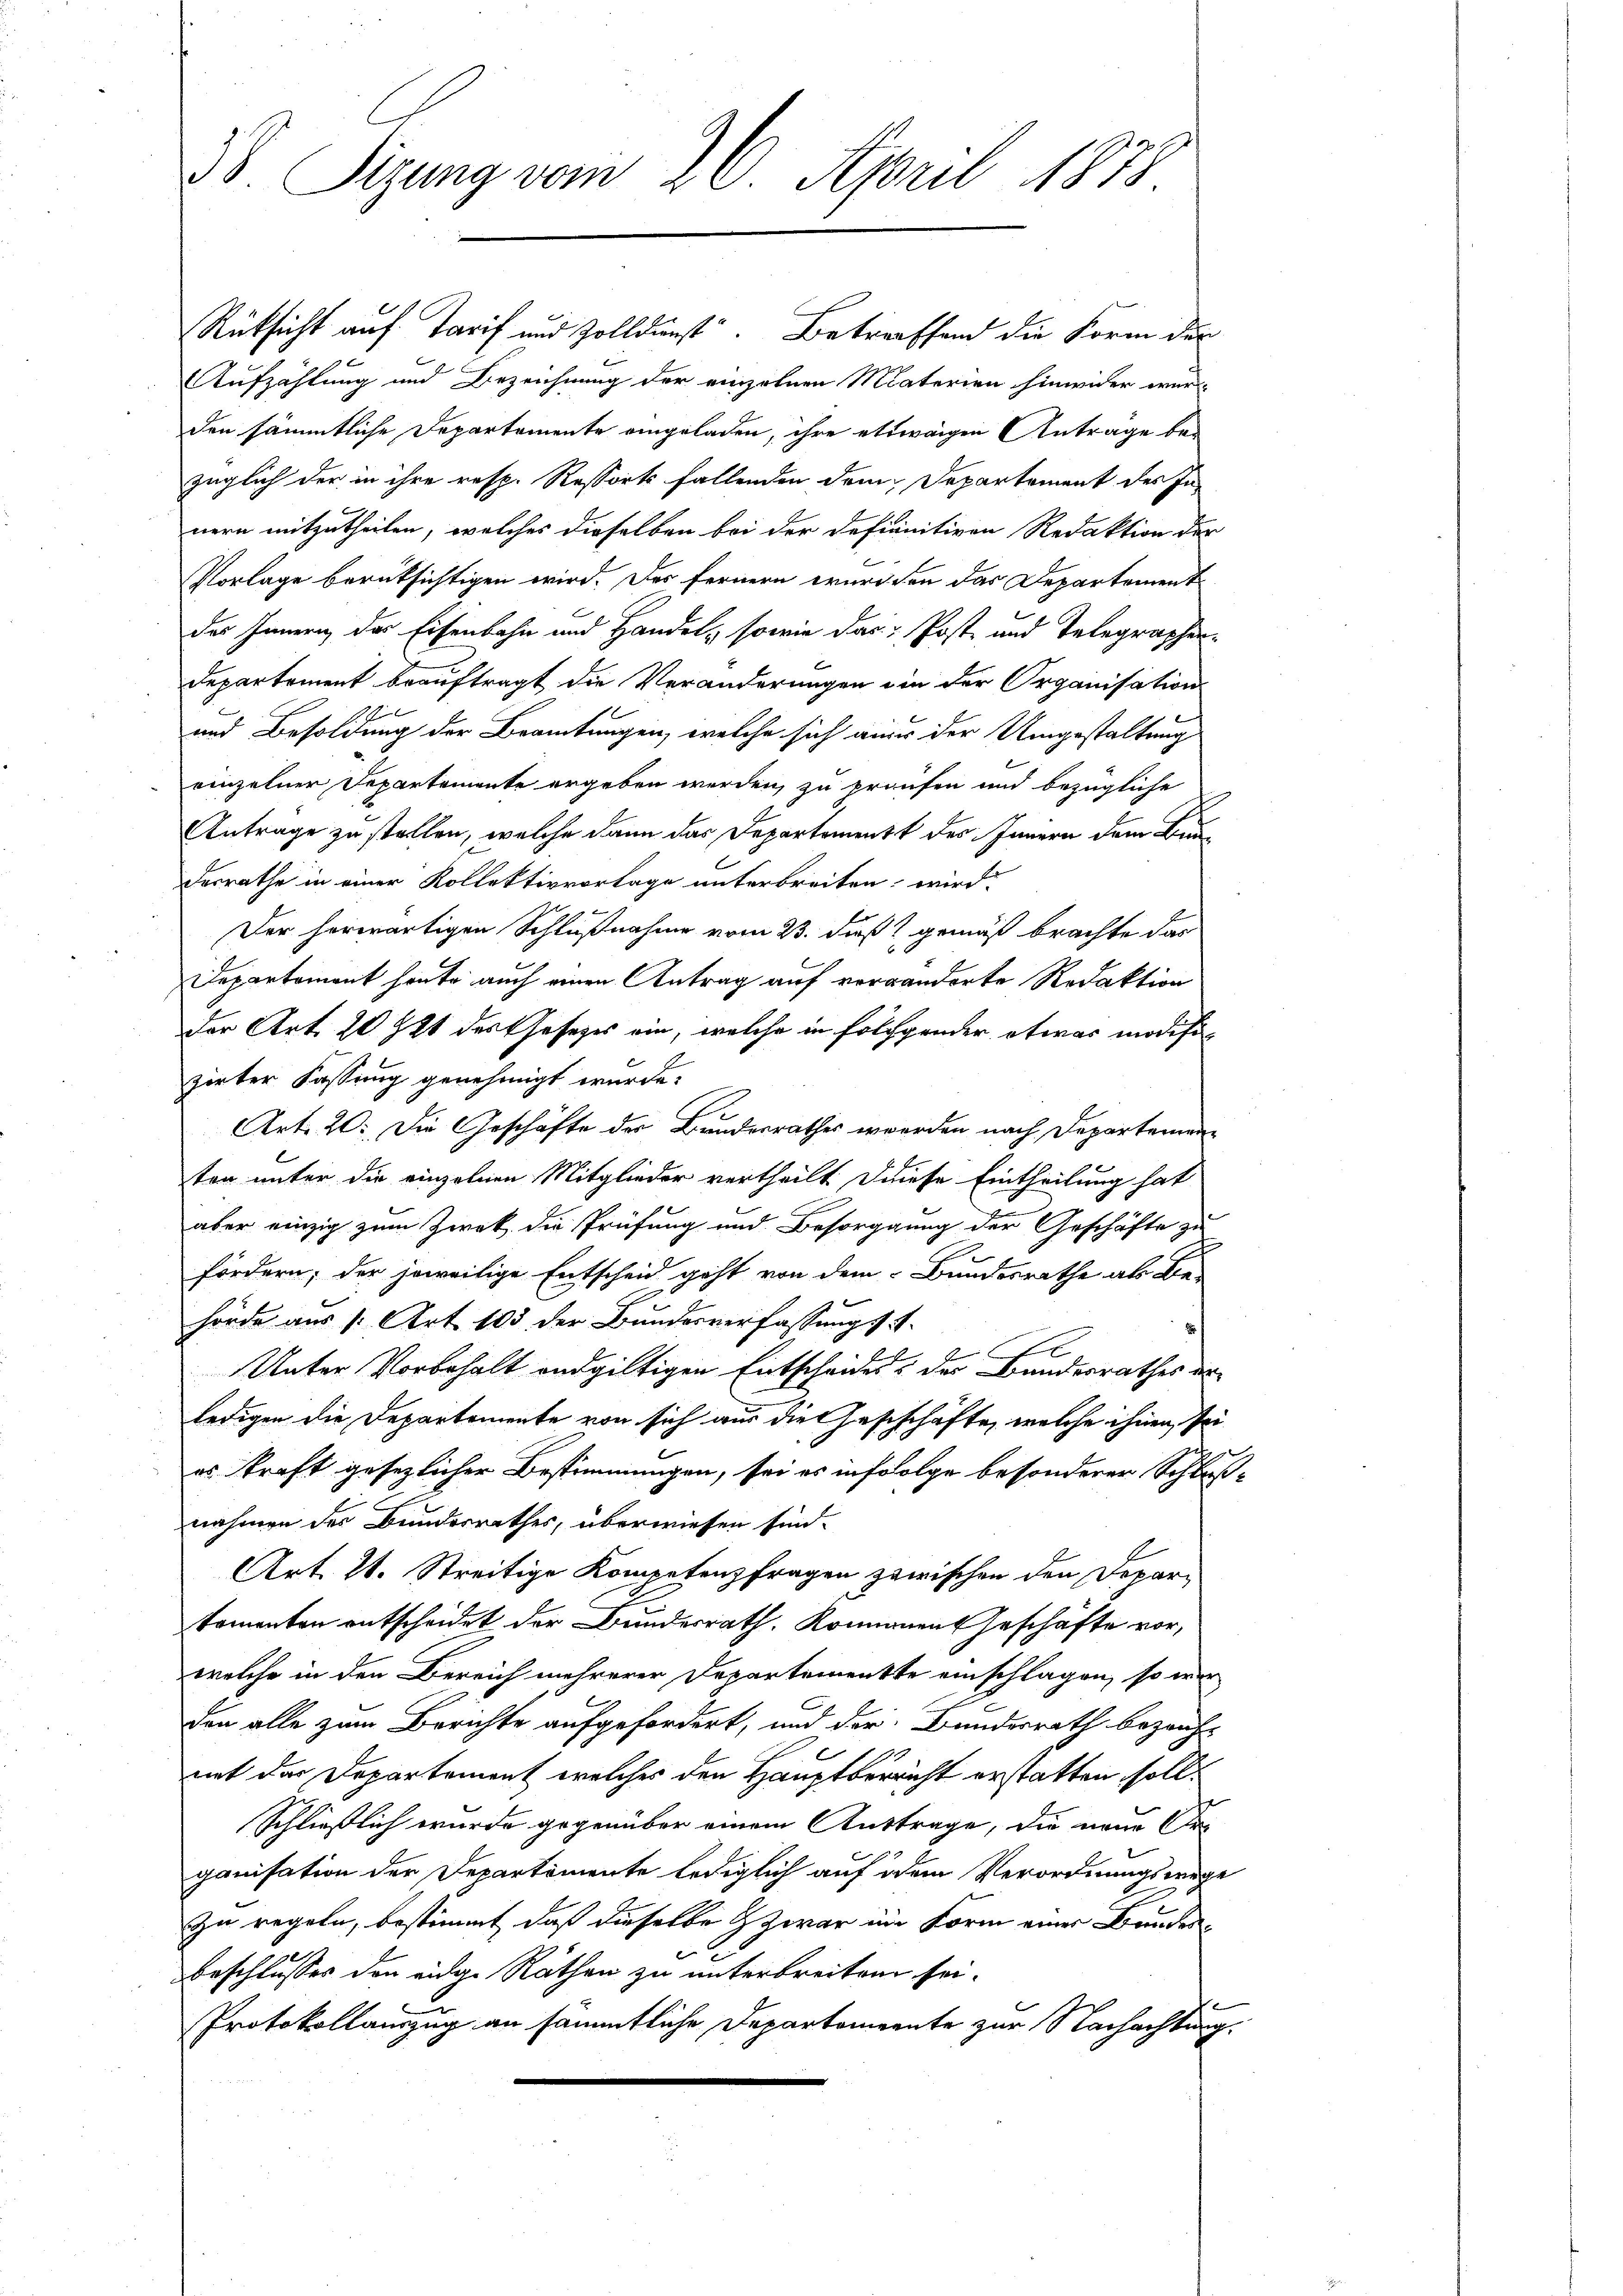
B. Sizung vom 26. April 1878

Rücksicht auf Tarif und Zolldunst. Betreffend die Form der
Aufzählung und Bezeichnung der einzelnen Materien hinwider wur
den sämmtliche Departemente eingeladen, ihre etwaigen Antrage bezüglich der in ihre resp. Ressorts fallenden dein Departement des In-
nern mitzutheilen, welches dieselben bei der Defininitiven Redaktion der
Vorlage berüksichtigen wird. Des fernern wurden das Departement
des Innern der Eisenbahn und Handel, sowie das Post- und Telegraphen-
Departement beauftragt die Veränderungen ein der Organisation
und Besoldung der Beamtungen, welche sich aus der Umgestaltung
e
einzelner Departemente ergeben werden, zu proufen und bezügliche
Antrage zu stellen, welche dann das Departement des Innern dem Bundesrathe in einer Kollektivvorlage unterbreiten wird
Der herwärtigen Schlußnahme vom 23. daß 2 gemäß brachte das
Departement heute auch einen Antrag auf vorwanderte Redaktion
der Art. 20 § 21 des Gesezes ein, welche in Folgender etwas modifizirter Fassung genehmigt wurde.
Art. 20. Die Geschäfte der Bundesrathes werden nach Departementen unter die einzelnen Mitglieder vertheilt. Diese Eintheilung hat
aber einzig zum Zwek die Prüfung und Besorggung der Geschäfte zu
fördern; der jeweilige Entscheid geht von dem Bundesrathe als Be-
hörde aus : Art. 103 der Bundesverfassung s. S.
2
Unter Vorbehalt endgültigen Entscheides, der Bandesrathes erledigen die Departemente von sich aus die Geschchäfte, welche ihnen, sei
es Kraft gesezlicher Bestimmungen, sei es infolge besonderer Schluß-
nahmen des Bundesrathes, überwiesen sind.
Art. 21. Streitige Kompetenzfragen zuwischen den Departomenten entscheidet der Bundesrath. Konnanen Geschäfte vor,
welche in den Bereich mehrerer Departementte einschlagen, so wer
den alle zum Berichte aufgefordert, und der Bundesrath bezeich-
mit der Departement welches den Hauptverricht erstatten soll.
Schließlich wurde gegenüber einem Auftrage, die neue Or-
ganisation der Departemente lediglich auf dem Verordnungswege
zu regeln, bestimmt, daß dieselbe & zwar ein Form einer Bundenbeschlusses den eidge Räthen zu unterbreiten sei.
Protokollauszug an sämmtliche Departemente zur Nachachtung.